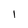
Character: l